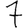
Digit: 7